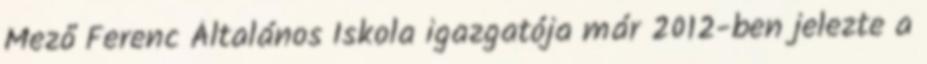
Mező Ferenc Általános Iskola igazgatója már 2012-ben jelezte a